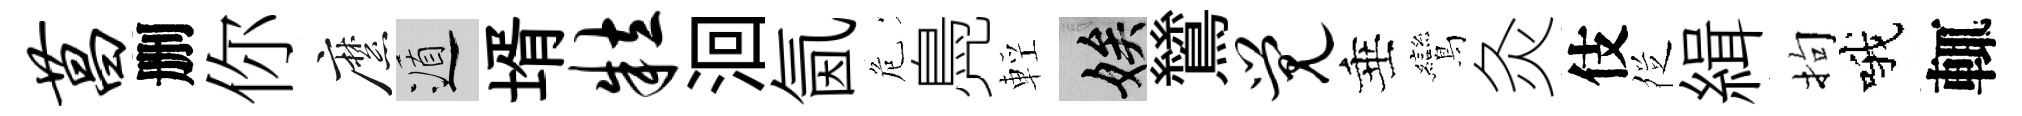
菖删你縻遁壻粒洄氤危鳧輕娭鷥觉垂鸞灸伎徔緝拘哦輒